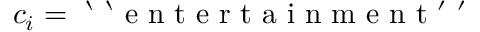
c _ { i } = \mathrm { ~ ` ~ ` ~ e ~ n ~ t ~ e ~ r ~ t ~ a ~ i ~ n ~ m ~ e ~ n ~ t ~ ' ~ ' ~ }